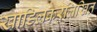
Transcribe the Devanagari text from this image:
खाडिलकरलिखित